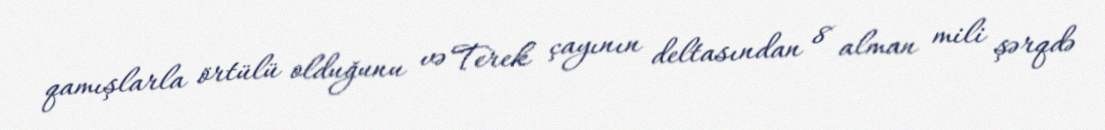
qamışlarla örtülü olduğunu və Terek çayının deltasından 8 alman mili şərqdə